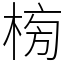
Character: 㮄